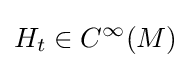
H_{t}\in C^{\infty }(M)